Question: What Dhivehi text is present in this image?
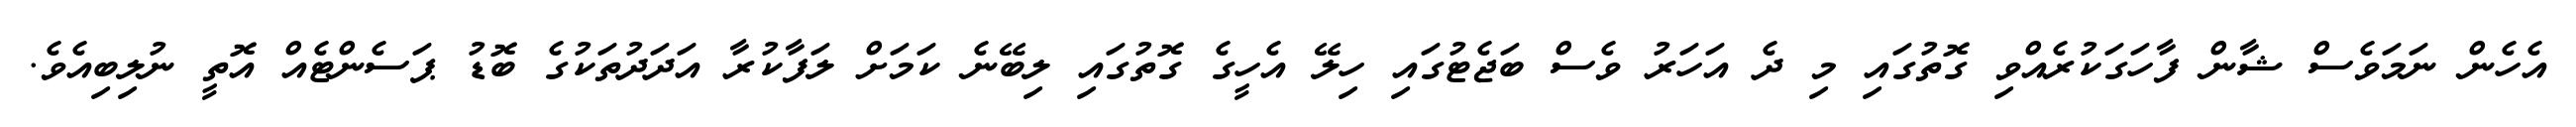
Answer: އެހެން ނަމަވެސް ޝާން ފާހަގަކުރެއްވި ގޮތުގައި މި ދެ އަހަރު ވެސް ބަޖެޓުގައި ހިލޭ އެހީގެ ގޮތުގައި ލިބޭނެ ކަމަށް ލަފާކުރާ އަދަދުތަކުގެ ބޮޑު ޕަސެންޓެއް އޮތީ ނުލިބިއެވެ.